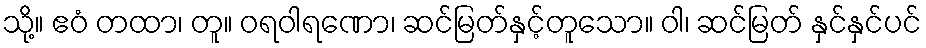
သို့။ ဧဝံ တထာ၊ တူ။ ဝရဝါရဏော၊ ဆင်မြတ်နှင့်တူသော။ ဝါ၊ ဆင်မြတ် နှင်နှင်ပင်